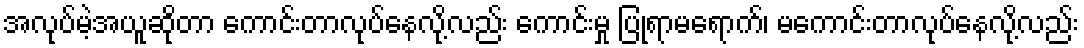
အလုပ်မဲ့အယူဆိုတာ ကောင်းတာလုပ်နေလို့လည်း ကောင်းမှု ပြုရာမရောက်၊ မကောင်းတာလုပ်နေလို့လည်း